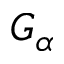
G _ { \alpha }